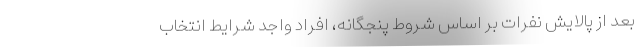
بعد از پالایش نفرات بر اساس شروط پنجگانه، افراد واجد شرایط انتخاب